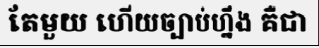
តែមួយ ហើយច្បាប់ហ្នឹង គឺជា